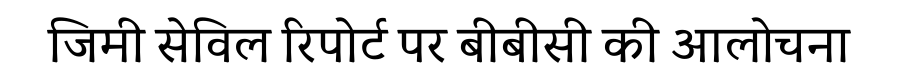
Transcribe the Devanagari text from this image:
जिमी सेविल रिपोर्ट पर बीबीसी की आलोचना